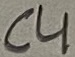
Text: C4